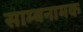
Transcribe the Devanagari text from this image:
साम्बनामक